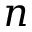
n